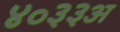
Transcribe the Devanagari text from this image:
४०३३अ